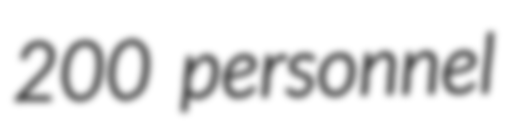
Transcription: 200 personnel